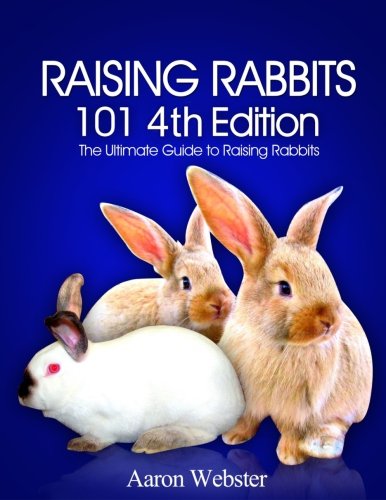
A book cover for Raising Rabbits 101 4th Edition; Aaron G Webster; Crafts, Hobbies & Home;